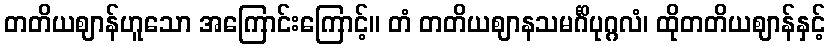
တတိယဈာန်ဟူသော အကြောင်းကြောင့်။ တံ တတိယဈာနသမင်္ဂိပုဂ္ဂလံ၊ ထိုတတိယဈာန်နှင့်